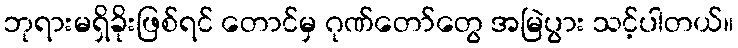
ဘုရားမရှိခိုးဖြစ်ရင် တောင်မှ ဂုဏ်တော်တွေ အမြဲပွား သင့်ပါတယ်။